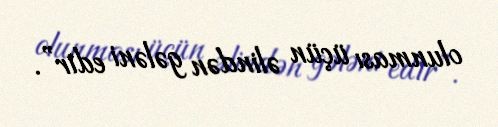
olunması üçün əlindən gələni edir”.